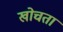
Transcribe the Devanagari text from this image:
खोचता